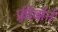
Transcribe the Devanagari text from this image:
फ़्रीबॉर्न